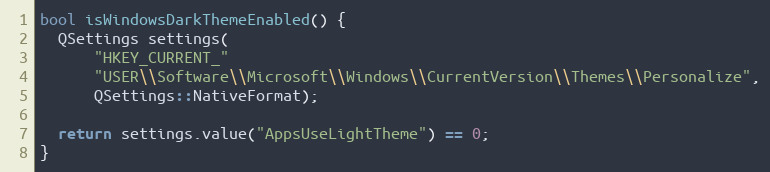
Language: C
bool isWindowsDarkThemeEnabled() {
  QSettings settings(
      "HKEY_CURRENT_"
      "USER\\Software\\Microsoft\\Windows\\CurrentVersion\\Themes\\Personalize",
      QSettings::NativeFormat);

  return settings.value("AppsUseLightTheme") == 0;
}